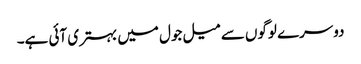
دوسرے لوگوں سے میل جول میں بہتری آئی ہے۔